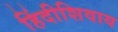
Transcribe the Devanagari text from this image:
हिंदीशिवाय